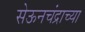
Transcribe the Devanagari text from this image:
सेऊनचंद्राच्या